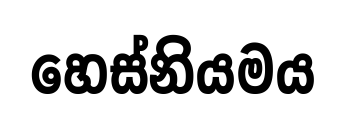
හෙස්නියමය